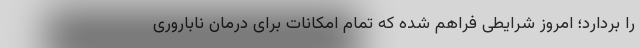
را بردارد؛ امروز شرایطی فراهم شده که تمام امکانات برای درمان ناباروری